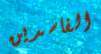
الفاسدين